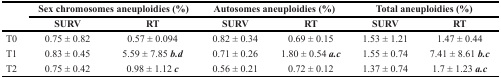
|  | <COLSPAN=2> Sex chromosomes aneuploidies (%) | <COLSPAN=2> Autosomes aneuploidies (%) | <COLSPAN=2> Total aneuploidies (%) |
 |  | SURV | RT | SURV | RT | SURV | RT |
 | --- | --- | --- | --- | --- | --- | --- |
 | T0 | 0.75 ± 0.82 | 0.57 ± 0.094 | 0.82 ± 0.34 | 0.69 ± 0.15 | 1.53 ± 1.21 | 1.47 ± 0.44 |
 | T1 | 0.83 ± 0.45 | 5.59 ± 7.85 b.d | 0.71 ± 0.26 | 1.80 ± 0.54 a.c | 1.55 ± 0.74 | 7.41 ± 8.61 b.c |
 | T2 | 0.75 ± 0.42 | 0.98 ± 1.12 c | 0.56 ± 0.21 | 0.72 ± 0.12 | 1.37 ± 0.74 | 1.7 ± 1.23 a.c |